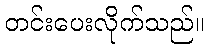
တင်းပေးလိုက်သည်။